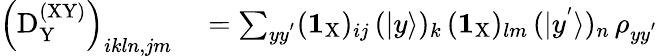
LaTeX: \begin{array}{rl}{\left(\mathrm{D}_{\mathrm Y}^{\mathrm{(XY)}}\right)_{ikln,jm}}&{{}=\sum_{yy^{'}}(\textbf{1}_{\mathrm{X}})_{ij}\, (|y\rangle)_{k}\, (\textbf{1}_{\mathrm{X}})_{lm}\, (|y^{'}\rangle)_{n}\, \rho_{yy^{'}}}\end{array}